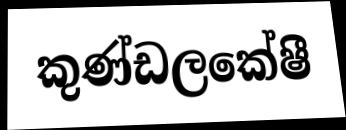
කුණ්ඩලකේෂී